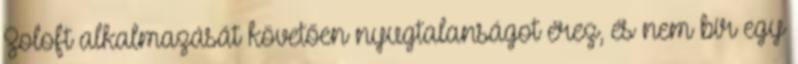
Zoloft alkalmazását követően nyugtalanságot érez, és nem bír egy